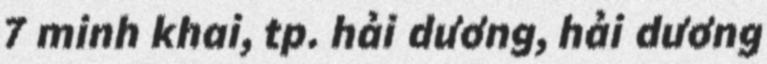
7 minh khai, tp. hải dương, hải dương